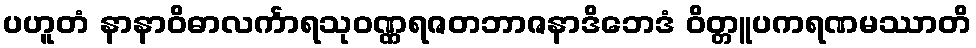
ပဟူတံ နာနာဝိဓာလင်္ကာရသုဝဏ္ဏရဇတဘာဇနာဒိဘေဒံ ဝိတ္တူပကရဏမဿာတိ